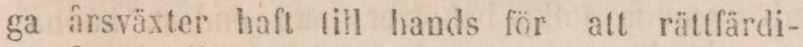
ga årsväxter haft till hands för att rättfärdi-